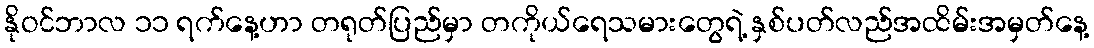
နိုဝင်ဘာလ ၁၁ ရက်နေ့ဟာ တရုတ်ပြည်မှာ တကိုယ်ရေသမားတွေရဲ့ နှစ်ပတ်လည်အထိမ်းအမှတ်နေ့